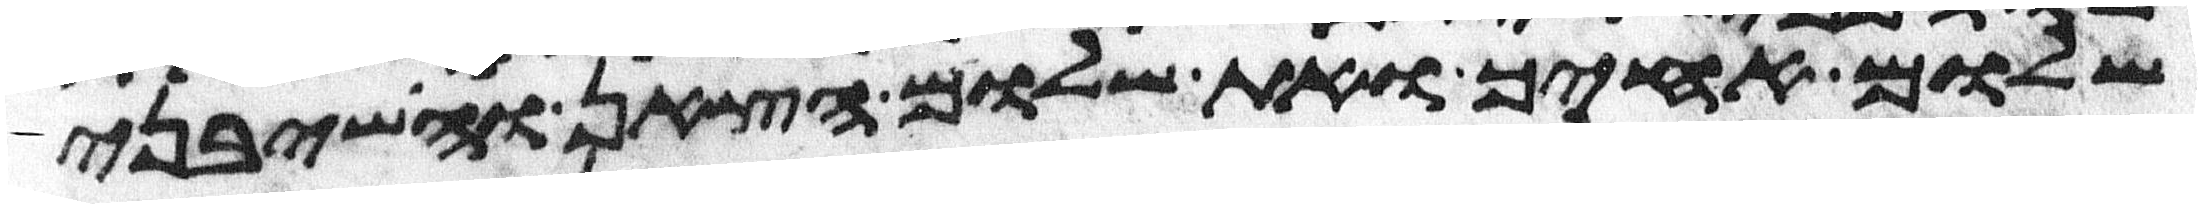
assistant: שלום אחיך ואת שלום הצאן והשבני